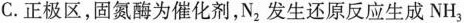
C. 正极区，固氮酶为催化剂，N_{2}发生还原反应生成NH_{3}